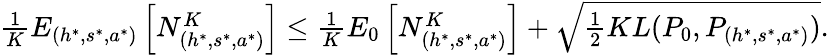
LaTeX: \begin{array}{r}{\frac{1}{K}E_{(h^{*},s^{*},a^{*})}\left[N_{(h^{*},s^{*},a^{*})}^{K}\right]\leq\frac{1}{K}E_{0}\left[N_{(h^{*},s^{*},a^{*})}^{K}\right]+\sqrt{\frac{1}{2}KL(P_{0},P_{(h^{*},s^{*},a^{*})})}.}\end{array}